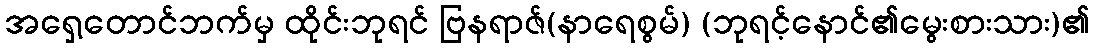
အရှေ့တောင်ဘက်မှ ထိုင်းဘုရင် ဗြနရာဇ်(နာရေစွမ်) (ဘုရင့်နောင်၏မွေးစားသား)၏